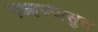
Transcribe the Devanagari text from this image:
पब्बज्जसुत्त